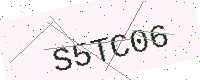
Text: S5TC06